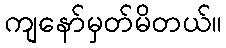
ကျနော်မှတ်မိတယ်။